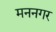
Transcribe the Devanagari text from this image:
मननगर